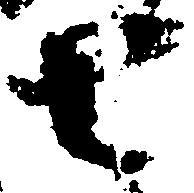
去